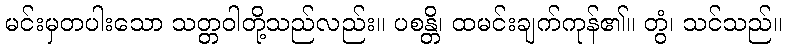
မင်းမှတပါးသော သတ္တဝါတို့သည်လည်း။ ပစန္တိ၊ ထမင်းချက်ကုန်၏။ တွံ၊ သင်သည်။